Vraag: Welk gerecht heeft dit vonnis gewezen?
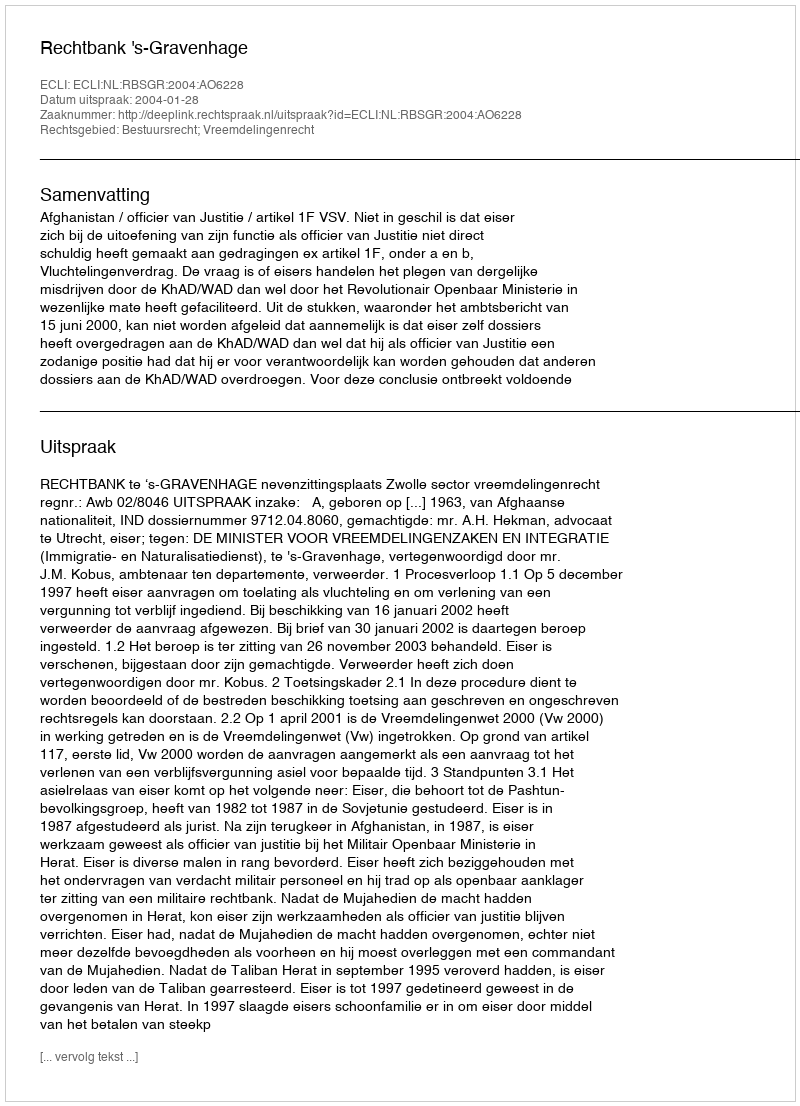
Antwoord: Rechtbank 's-Gravenhage